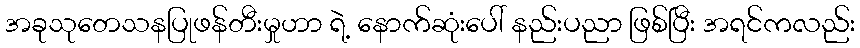
အခုသုတေသနပြုဖန်တီးမှုဟာ ရဲ့ နောက်ဆုံးပေါ် နည်းပညာ ဖြစ်ပြီး အရင်ကလည်း